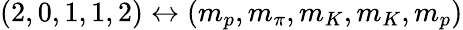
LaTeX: (2,0,1,1,2)\leftrightarrow(m_{p},m_{\pi},m_{K},m_{K},m_{p})